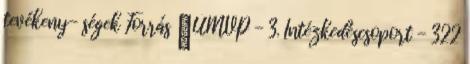
tevékeny- ségek Forrás ▪ÚMVP - 3. Intézkedéscsoport - 322